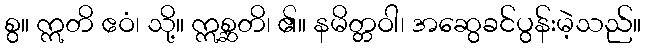
စွ။ ဣတိ ဧဝံ၊ သို့။ ဣစ္ဆတိ၊ ၏။ နမိတ္တဝါ၊ အဆွေခင်ပွန်းမဲ့သည်။